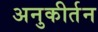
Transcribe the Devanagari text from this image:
अनुकीर्तन